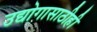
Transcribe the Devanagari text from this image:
उद्योगासाठीही